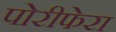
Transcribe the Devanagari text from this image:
पोरीफेरा